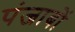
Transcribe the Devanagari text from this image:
पंजाबों